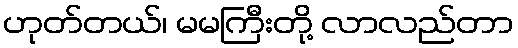
ဟုတ်တယ်၊ မမကြီးတို့ လာလည်တာ